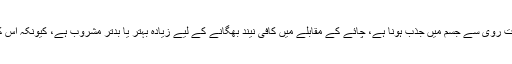
تو سائنس کے مطابق اس کی وجہ کیفین کا بہت سست روی سے جسم میں جذب ہونا ہے، چائے کے مقابلے میں کافی نیند بھگانے کے لیے زیادہ بہتر یا بدتر مشروب ہے، کیونکہ اس کے اثرات پانچ سے چھ گھنٹے تک برقار رہتے ہیں۔